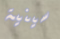
سينية